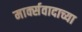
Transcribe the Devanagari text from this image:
मार्क्सवादाच्या